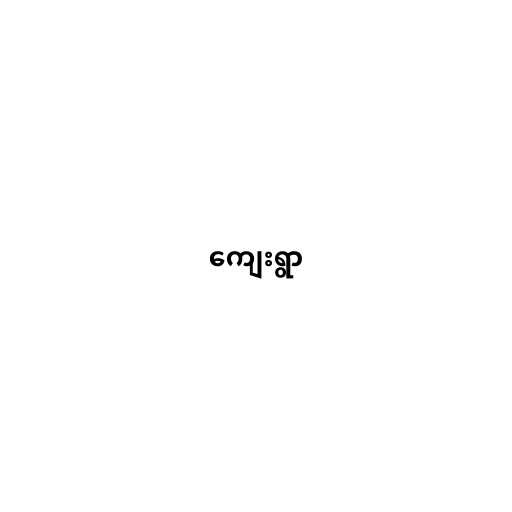
ကျေးရွာ